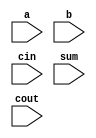
`timescale 1ns / 1ps
//////////////////////////////////////////////////////////////////////////////////
// Company: 
// Engineer: 
// 
// Design Name: 
// Module Name:    clad 
// Project Name: 
// Target Devices: 
// Tool versions: 
// Description: 
//
// Dependencies: 
//
// Revision: 
// Revision 0.01 - File Created
// Additional Comments: 
//
//////////////////////////////////////////////////////////////////////////////////

module clad(
    input [3:0] a,
    input [3:0] b,
    input cin,
    input [3:0] sum,
    input cout
    );
	 
wire c1,c2,c3;
wire [3:0] p,g;
	   assign g[0]=a[0]|b[0];
      assign g[1]=a[1]|b[1];
      assign g[2]=a[2]|b[2];
      assign g[3]=a[3]|b[3];
      assign p[0]=a[0]&b[0];
      assign p[1]=a[1]&b[1];
      assign p[2]=a[2]&b[2];
      assign p[3]=a[3]&b[3];
	   assign c1=g[0]|(p[0]&cin);
	   assign c2=g[1]|(p[1]&g[0]);
	   assign c3=g[2]|(p[2]&g[1]);
	   assign cout=g[3]|(p[3]&g[2]);
	   assign sum[0]=(p[0]^g[0])^cin;
	   assign sum[1]=(p[1]^g[1])^c1;
	   assign sum[2]=(p[2]^g[2])^c2;
	   assign sum[3]=(p[3]^g[3])^c3;
	 

endmodule